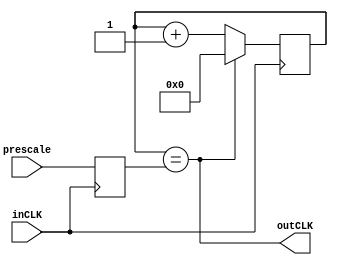

// Assignment 2 Adv Digital Timer 28-bit Prescaler Module
// Nikolaus Scherwitzel (H00298068)

module prescaler (
  input wire inCLK,
  input wire [27:0] prescale,

  output wire outCLK
);

reg [27:0]  rPRESCALE;
reg [27:0]  rCOUNTER;

always @(posedge inCLK) begin
  rPRESCALE <= prescale;
  rCOUNTER  <= rCOUNTER + 1'b1;

  // Reset counter if prescale value reached
  if (rCOUNTER == rPRESCALE)
    rCOUNTER <= 28'h0;
end

assign outCLK = (rCOUNTER == rPRESCALE);

endmodule